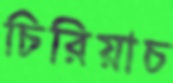
চিরিয়াচ